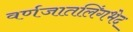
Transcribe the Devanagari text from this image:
वर्णजातलिंगभेद